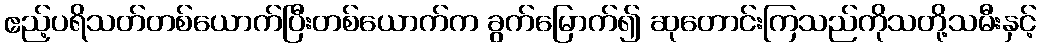
ဧည့်ပရိသတ်တစ်ယောက်ပြီးတစ်ယောက်က ခွက်မြောက်၍ ဆုတောင်းကြသည်ကိုသတို့သမီးနှင့်